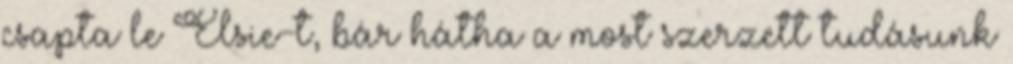
csapta le Elsie-t, bár hátha a most szerzett tudásunk